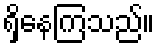
ရှိနေကြသည်။